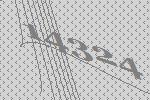
14324